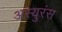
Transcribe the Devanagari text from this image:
अस्युरंस